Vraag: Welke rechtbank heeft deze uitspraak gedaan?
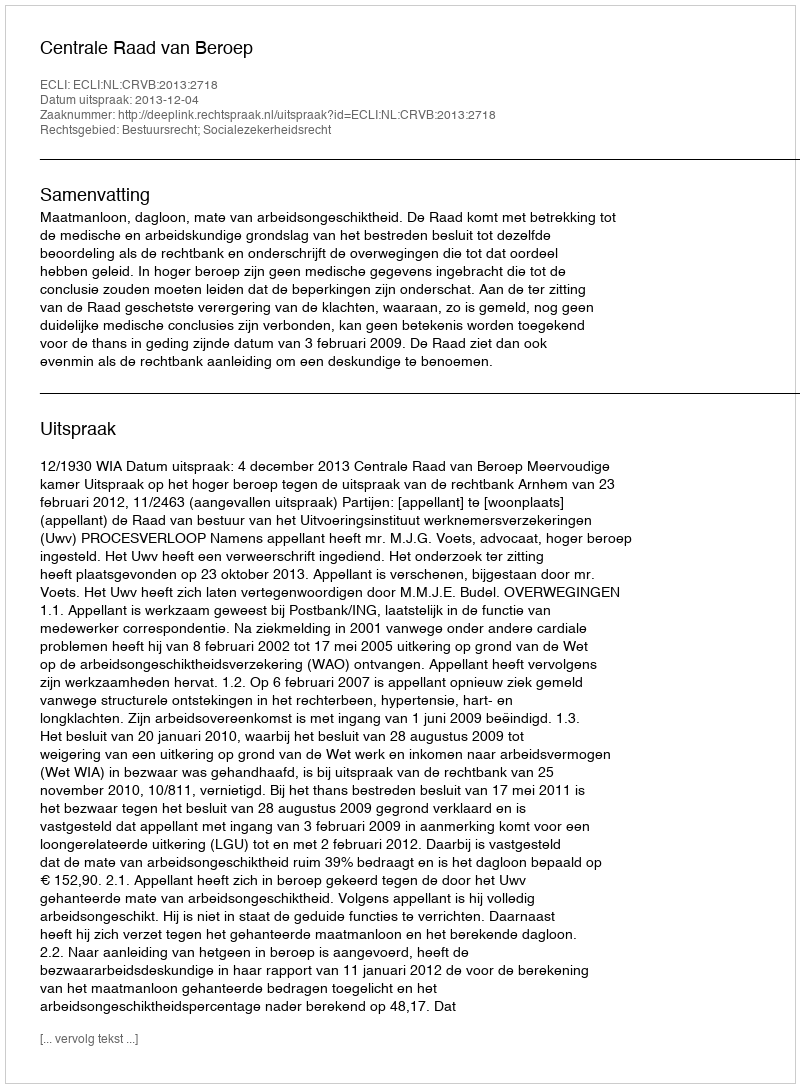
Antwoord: Centrale Raad van Beroep